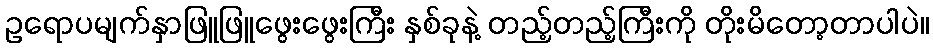
ဥရောပမျက်နှာဖြူဖြူဖွေးဖွေးကြီး နှစ်ခုနဲ့ တည့်တည့်ကြီးကို တိုးမိတော့တာပါပဲ။